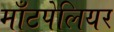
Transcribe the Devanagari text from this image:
माँटपेलियर